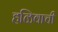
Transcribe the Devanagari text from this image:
हळिवाची